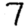
Digit: 7